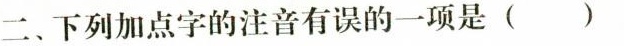
二、下列加点字的注音有误的一项是( )